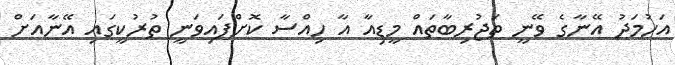
އަހުމަދު އޭނާގެ ވޭނީ ތަޖުރިބާތައް މީޑިއާ އާ ހިއްސާ ކޮށްފައިވަނީ ތުރުކީގައި އޭނާއަށް